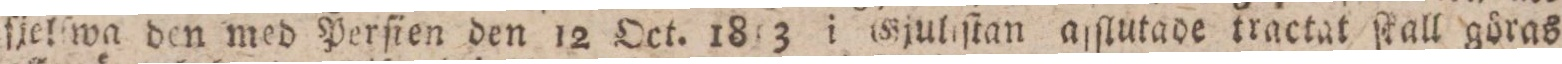
fjelſwa den med Perſien den 12 Oct. 1813 i Gjuliſtan aſſlutade tractat ſkall göras